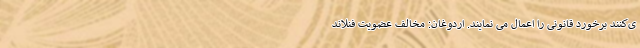
ی‌کنند برخورد قانونی را اعمال می نمایند. اردوغان: مخالف عضویت فنلاند